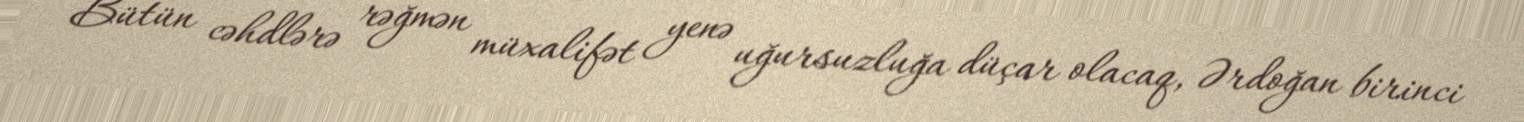
Bütün cəhdlərə rəğmən müxalifət yenə uğursuzluğa düçar olacaq, Ərdoğan birinci